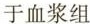
于血浆组